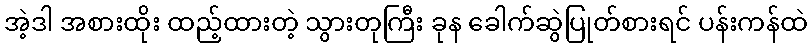
အဲ့ဒါ အစားထိုး ထည့်ထားတဲ့ သွားတုကြီး ခုန ခေါက်ဆွဲပြုတ်စားရင် ပန်းကန်ထဲ